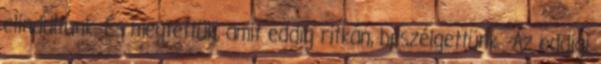
elindultunk. És megtettük, amit eddig ritkán, beszélgettünk. -Az eddigi